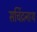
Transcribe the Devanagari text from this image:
सचिंद्रनाथ